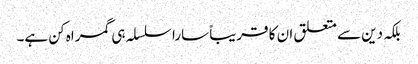
بلکہ دین سے متعلق ان کا قریباً سارا سلسلہ ہی گمراہ کن ہے۔